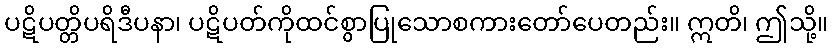
ပဋိပတ္တိပရိဒီပနာ၊ ပဋိပတ်ကိုထင်စွာပြုသောစကားတော်ပေတည်း။ ဣတိ၊ ဤသို့။